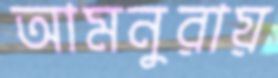
আমনুরায়